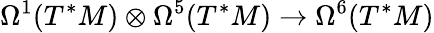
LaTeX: \Omega^{1}(T^{*}M)\otimes\Omega^{5}(T^{*}M)\rightarrow\Omega^{6}(T^{*}M)